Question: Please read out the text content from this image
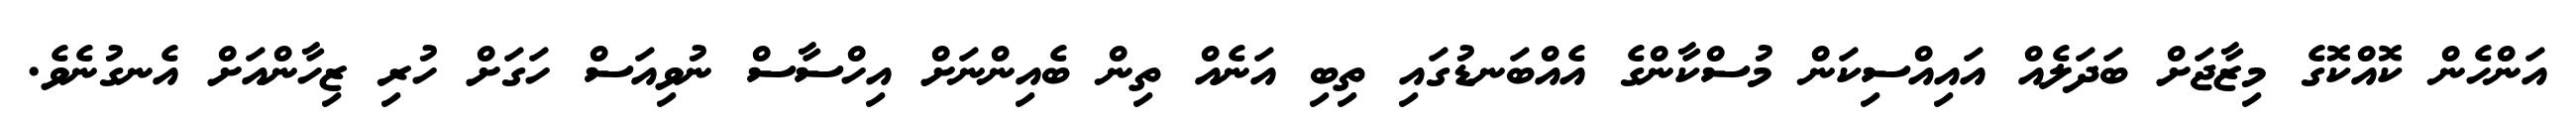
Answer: އަންހެން ކޮއްކޮގެ މިޒާޖަށް ބަދަލެއް އައިއްސިކަން މުސްކާންގެ އެއްބަނޑުގައި ތިބި އަނެއް ތިން ބެއިންނަށް އިހްސާސް ނުވިއަސް ހަގަށް ހުރި ޒިހާންއަށް އެނގުނެވެ.